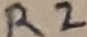
Text: R2